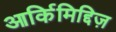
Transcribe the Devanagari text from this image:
आर्किमिद्दिज़